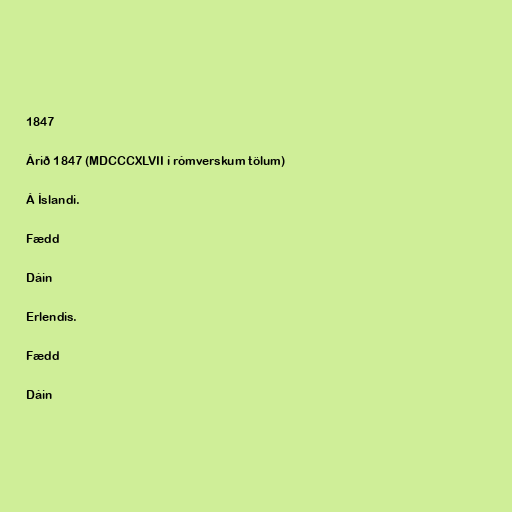
1847

Árið 1847 (MDCCCXLVII í rómverskum tölum)

Á Íslandi.

Fædd

Dáin

Erlendis.

Fædd

Dáin